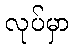
လုပ်မှာ